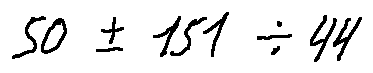
5 0 \pm 1 5 1 \div 4 4